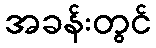
အခန်းတွင်